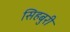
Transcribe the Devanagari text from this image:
सिहबुरी